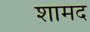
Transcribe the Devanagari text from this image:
शामद